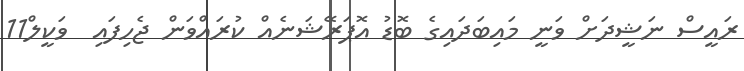
ރައީސް ނަޝީދަށް ވަނީ މައިބަދައިގެ ބޮޑު އޮޕަރޭޝަނެއް ކުރައްވަން ޖެހިފައި  ވަކީލް11